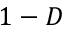
1 - D